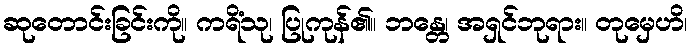
ဆုတောင်းခြင်းကို။ ကရိံသု၊ ပြုကုန်၏။ ဘန္တေ၊ အရှင်ဘုရား။ တုမှေဟိ၊